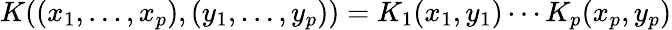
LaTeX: K((x_{1},\ldots,x_{p}),(y_{1},\ldots,y_{p}))=K_{1}(x_{1},y_{1})\cdots K_{p}(x_{p},y_{p})